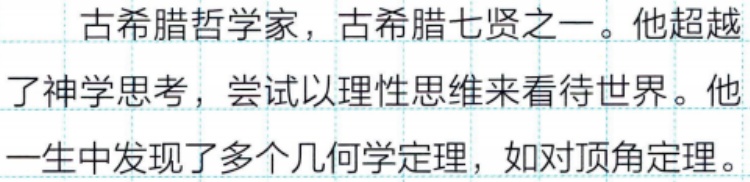
古希腊哲学家，古希腊七贤之一。他超越了神学思考，尝试以理性思维来看待世界。他一生中发现了多个几何学定理，如对顶角定理。